Lock hospitals Punjab
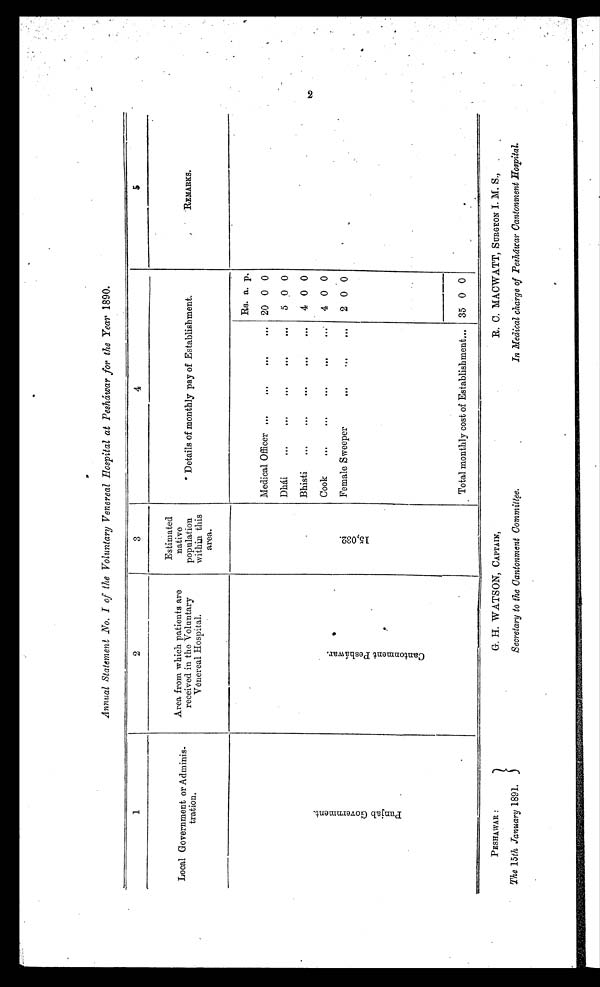
Annual Statement No. I of the Voluntary Venereal Hospital at Pesháwar for the Year 1890.
1
2
3
4
5
Local Government or Adminis-
tration.
Area from which patients are
received in the Voluntary
Venereal Hospital.
Estimated
native
population
within this
area.
Details of monthly pay of Establishment.
REMARKS.
P u n j a b G o v e r n m e n t .
C a n t o n m e n t P e s h á w a r .
1 5 , 0 3 2 .
Rs. a. p.
Medical Officer ...
...
...
... 20 0 0
Dhái
...
...
...
...
...
5 0 0
Bhisti
...
...
...
...
...
4 0 0
Cook
...
...
...
. . . . . .
4 0 0
Female Sweeper
...
. . . . . .
2 0 0
Total monthly cost of Establishment... 35 0 0
.
PESHAWAR :
G. H. WATSON, CAPTAIN,
R. C. MACWATT, SURGEON I. M. S.,
The 15th January 1891.
Secretary to the Cantonment Committee .
In Medical charge of Pesháwar Cantonment Hospital.